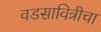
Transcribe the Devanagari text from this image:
वडसावित्रीचा